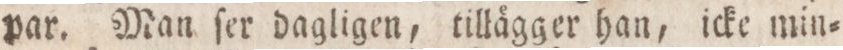
par. Man ſer dagligen, tillägger han, icke min=